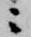
ニ